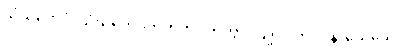
သံဃဘေဒံ၊ သံဃဘေဒကကံကို။ ကတွာ၊ ပြု၍။ ကပ္ပဝိနာသေယေဝ၊